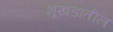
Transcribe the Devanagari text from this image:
भूखडातील